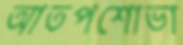
আতপশোভা